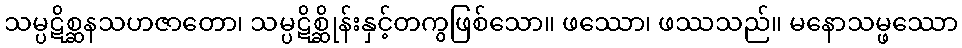
သမ္ပဋိစ္ဆနသဟဇာတော၊ သမ္ပဋိစ္ဆိုန်းနှင့်တကွဖြစ်သော။ ဖဿော၊ ဖဿသည်။ မနောသမ္ဖဿော